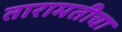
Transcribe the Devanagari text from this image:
तारामतीचा